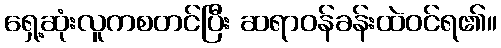
ရှေ့ဆုံးလူကစတင်ပြီး ဆရာဝန်ခန်းထဲဝင်ရ၏။